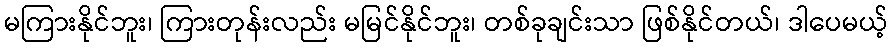
မကြားနိုင်ဘူး၊ ကြားတုန်းလည်း မမြင်နိုင်ဘူး၊ တစ်ခုချင်းသာ ဖြစ်နိုင်တယ်၊ ဒါပေမယ့်